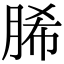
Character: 脪